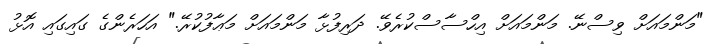
"މަންމައަށް ވިސްނޭ. މަންމައަށް އިހްސާސްކުރެވޭ. ދަރިފުޅާ މަންމައަށް މަޢާފުކުރޭ." އަހަރެންގެ ގައިގައި އޮޅު